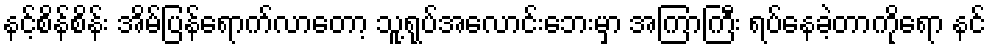
နင့်စိန်စိန်း အိမ်ပြန်ရောက်လာတော့ သူ့ရုပ်အလောင်းဘေးမှာ အကြာကြီး ရပ်နေခဲ့တာကိုရော နင်